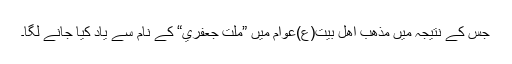
جس کے نتيجہ ميں مذھب اھلِ بيت(ع)عوام ميں ”ملت جعفري“ کے نام سے ياد کيا جانے لگا۔